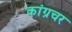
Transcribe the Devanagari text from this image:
कांग्रचर